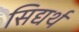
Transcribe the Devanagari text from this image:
सिद्यर्थ